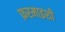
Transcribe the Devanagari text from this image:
फ़रमाइशी